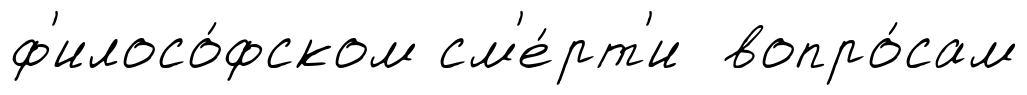
ф'илосо́фском см'е́рт'и вопро́сам